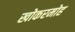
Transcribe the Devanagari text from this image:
खोकरमोह